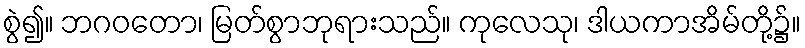
စွဲ၍။ ဘဂဝတော၊ မြတ်စွာဘုရားသည်။ ကုလေသု၊ ဒါယကာအိမ်တို့၌။